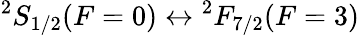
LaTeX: {}^{2}S_{1/2}(F=0)\leftrightarrow{}^{2}F_{7/2}(F=3)